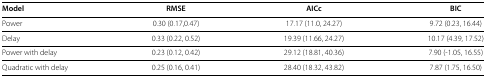
<table><thead><tr><td><b>Model</b></td><td><b>RMSE</b></td><td><b>AICc</b></td><td><b>BIC</b></td></tr></thead><tbody><tr><td>Power</td><td>0.30 (0.17,0.47)</td><td>17.17 (11.0, 24.27)</td><td>9.72 (0.23, 16.44)</td></tr><tr><td>Delay</td><td>0.33 (0.22, 0.52)</td><td>19.39 (11.66, 24.27)</td><td>10.17 (4.39, 17.52)</td></tr><tr><td>Power with delay</td><td>0.23 (0.12, 0.42)</td><td>29.12 (18.81, 40.36)</td><td>7.90 (‐1.05, 16.55)</td></tr><tr><td>Quadratic with delay</td><td>0.25 (0.16, 0.41)</td><td>28.40 (18.32, 43.82)</td><td>7.87 (1.75, 16.50)</td></tr></tbody></table>